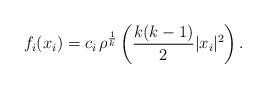
LaTeX: \begin{align*} f_i(x_i) = c_i\, \rho^{\frac{1}{k}} \left( \frac{k(k-1)}{2} | x_i |^2\right).\end{align*}